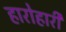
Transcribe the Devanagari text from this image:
हारोहारी